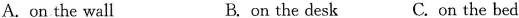
A.on the wall B. on the desk C. on the bed